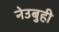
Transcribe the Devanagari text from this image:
नेउबुही